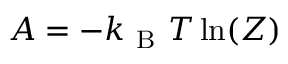
A = - k _ { \mathrm { ~ B ~ } } T \ln ( Z )